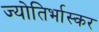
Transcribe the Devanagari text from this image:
ज्योतिर्भास्कर